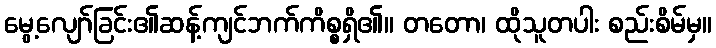
မွေ့လျော်ခြင်း၏ဆန့်ကျင်ဘက်ကိစ္စရှိ၏။ တတော၊ ထိုသူတပါး စည်းစိမ်မှ။